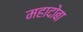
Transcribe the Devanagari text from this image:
महादोबा